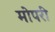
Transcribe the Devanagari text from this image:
मोपरी